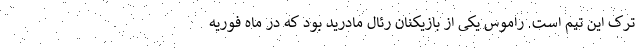
ترک این تیم است. راموس یکی از بازیکنان رئال مادرید بود که در ماه فوریه